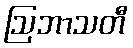
ဩဘာသတီ